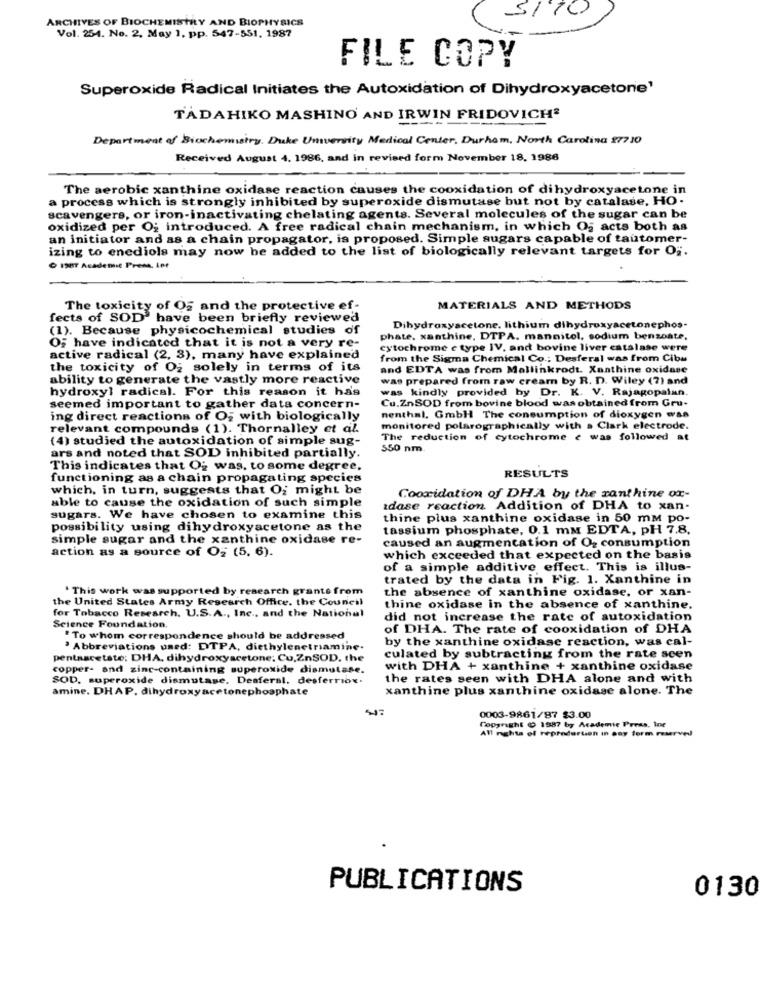
5/10
ARCHIVES OF BIOCHEMISTRY AND BIOPHYSICS
Vol. 254. No. 2. May 1, pp. 547-551, 1987
FILE COPY
Superoxide Radical Initiates the Autoxidation of Dihydroxyacetone'
TADAHIKO MASHINO AND IRWIN FRIDOVICH?
Department of Biochemistry. Duke University Medical Center, Durham, North Carolina 27710
Received August 4. 1986, and in revised form November 18, 1986
The aerobic xanthine oxidase reaction causes the cooxidation of dihydroxyacetone in
a process which is strongly inhibited by superoxide dismutase but not by catalase, HO .
scavengers, or iron-inactivating chelating agents. Several molecules of the sugar can be
oxidized per O; introduced. A free radical chain mechanism, in which Og acts both as
an initiator and as a chain propagator, is proposed. Simple sugars capable of tautomer-
izing to enediols may now be added to the list of biologically relevant targets for O ;.
1987 Academic Press. Let
The toxicity of Og and the protective ef-
MATERIALS AND METHODS
fects of SOD' have been briefly reviewed
(1). Because physicochemical studies of
Dihydroxyacetone. lithium dihydroxyacetonephos-
phate, xanthine, DTPA. mannitol, sodium benzoate.
OF have indicated that it is not a very re-
cytochrome e type IV, and bovine liver catalase were
active radical (2, 3), many have explained
from the Sigma Chemical Co .; Desferal was from Cibu
the toxicity of Oz solely in terms of its
and EDTA was from Mallinkrodt. Xanthine oxidase
ability to generate the vastly more reactive
was prepared from raw cream by R. D. Wiley (7) and
hydroxyl radical. For this reason it has
was kindly provided by Dr. K. V. Rajagopalan.
Cu.ZnSOD from bovine blood was obtained from Gru-
seemed important to gather data concern-
ing direct reactions of Og with biologically
nenthal. GmbH The consumption of dioxygen was
relevant compounds (1). Thornalley et al.
monitored polarographically with . Clark electrode.
(4) studied the autoxidation of simple sug-
The reduction of cytochrome e was followed at
ars and noted that SOD inhibited partially.
550 nm
This indicates that Og was, to some degree.
RESULTS
functioning as a chain propagating species
which, in turn, suggests that Of might be
Cooxidation of DHA by the ranthine ox-
able to cause the oxidation of such simple
adase reaction Addition of DHA to xan-
sugars. We have chosen to examine this
thine plus xanthine oxidase in 50 mm po-
possibility using dihydroxyacetone as the
tassium phosphate, 0.1 mM EDTA, PH 7.8.
simple sugar and the xanthine oxidase re-
caused an augmentation of Oz consumption
action as a source of Oz (5. 6).
which exceeded that expected on the basis
of a simple additive effect. This is illus-
trated by the data in Fig. 1. Xanthine in
. This work was supported by research grants from
the absence of xanthine oxidase, or xan-
the United States Army Research Office. the Council
thine oxidase in the absence of xanthine.
for Tobacco Research. U.S.A ., Inc ., and the National
did not increase the rate of autoxidation
Science Foundation.
of DHA. The rate of cooxidation of DHA
* To whom correspondence should be addressed
by the xanthine oxidase reaction, was cal-
' Abbreviations used: DTPA, diethylenetriamine.
pentaacetate: DHA, dihydroxyacetone; Cu,ZnSOD. the
culated by subtracting from the rate scen
copper- and zinc-containing superoxide dismutate.
with DHA + xanthine + xanthine oxidase
SOD. superoxide dismutase. Desferal. desferriov.
the rates seen with DHA alone and with
amine. DHAP. dihydroxyacetonephosphate
xanthine plus xanthine oxidase alone. The
0003-9861/87 $3.00
All nghta el reproduruch in any form reserved
Copyright ( 1587 by Academic Press. Inr
PUBLICATIONS
0130